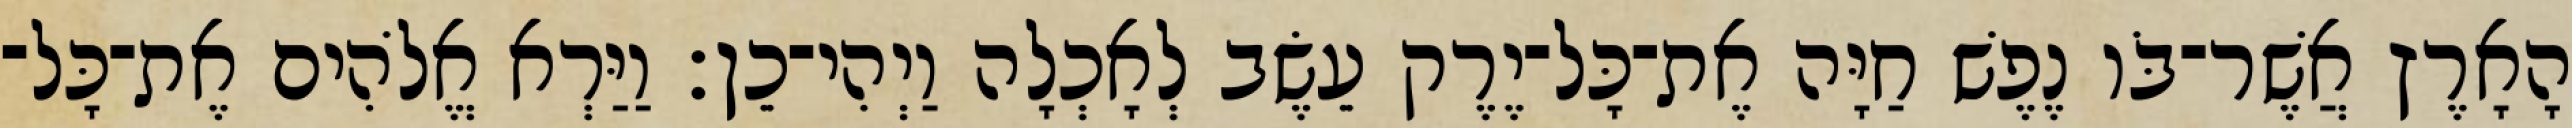
הָאָרֶץ אֲשֶׁר־בֹּו נֶפֶשׁ חַיָּה אֶת־כָּל־יֶרֶק עֵשֶׂב לְאָכְלָה וַיְהִי־כֵן׃ וַיַּרְא אֱלֹהִים אֶת־כָּל־